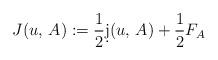
LaTeX: \begin{align*} J(u, \, A) := \frac{1}{2}\d j(u, \, A) + \frac{1}{2}F_A\end{align*}